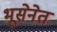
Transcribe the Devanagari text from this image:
भूसेनेत